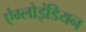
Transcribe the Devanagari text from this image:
एंग्लोइंडियन